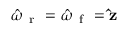
\boldsymbol { \hat { \omega } } _ { \mathrm { ~ r ~ } } = \boldsymbol { \hat { \omega } } _ { \mathrm { ~ f ~ } } = \mathbf { \hat { z } }